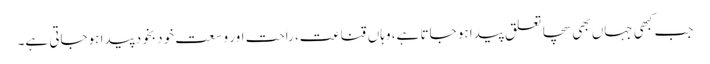
جب کبھی جہاں بھی سچا تعلق پیدا ہو جاتا ہے، وہاں قناعت، راحت اور وسعت خود بخود پیدا ہوجاتی ہے۔